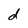
Character: d